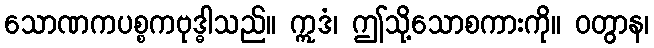
သောဏကပစ္စကဗုဒ္ဓါသည်။ ဣဒံ၊ ဤသို့သောစကားကို။ ဝတွာန၊